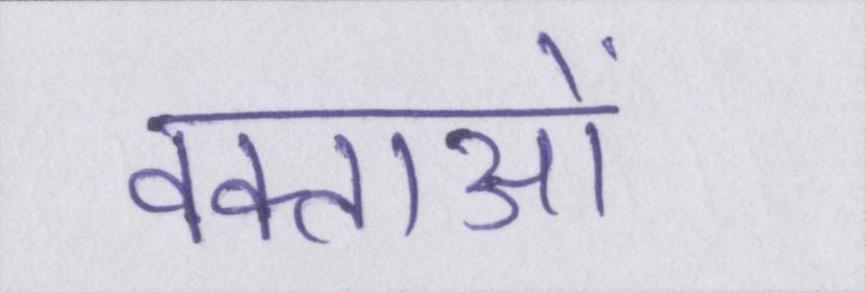
वक्ताओं